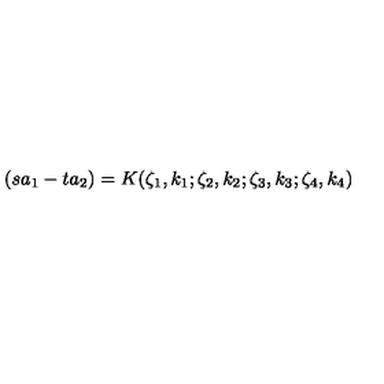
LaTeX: ( s a _ { 1 } - t a _ { 2 } ) = K ( \zeta _ { 1 } , k _ { 1 } ; \zeta _ { 2 } , k _ { 2 } ; \zeta _ { 3 } , k _ { 3 } ; \zeta _ { 4 } , k _ { 4 } )